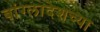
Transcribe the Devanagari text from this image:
बांग्लादेशच्या